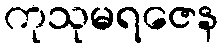
ကုသုမရဇေန